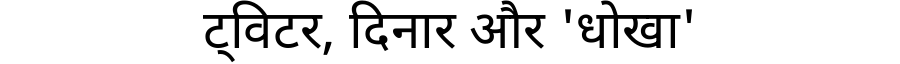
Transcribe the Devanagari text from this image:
ट्विटर, दिनार और 'धोखा'